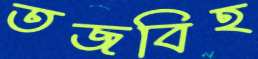
তজবিহ